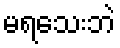
မရသေးဘဲ